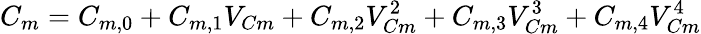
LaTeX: C_{m}=C_{m,0}+C_{m,1}V_{Cm}+C_{m,2}V_{Cm}^{2}+C_{m,3}V_{Cm}^{3}+C_{m,4}V_{Cm}^{4}